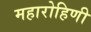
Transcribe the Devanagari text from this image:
महारोहिणी